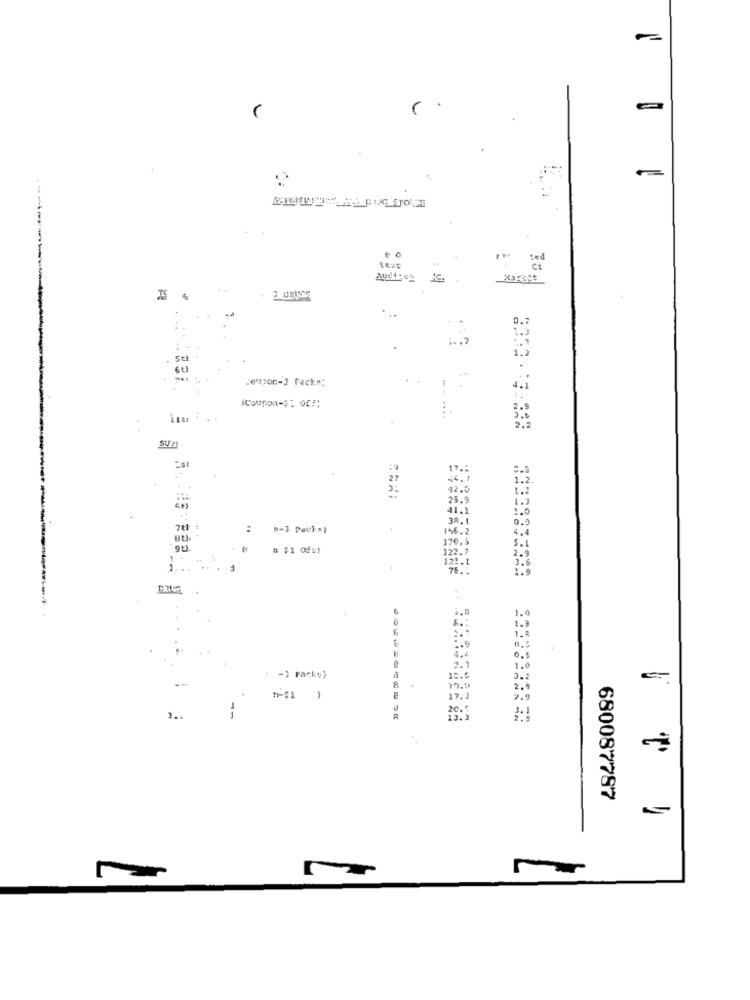
" .
£
SU21
7th :
:
70.5
n $1 0f=)
" .. . .
78.
3.0
4.4
2. 1
-
-3 Packy)
a
10.5
A
19. 99
-
17.3
2 ..
20.
680087787